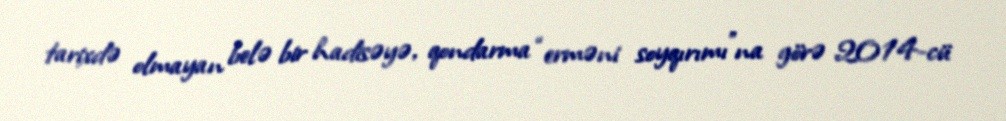
tarixdə olmayan belə bir hadisəyə, qondarma “erməni soyqırımı”na görə 2014-cü